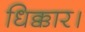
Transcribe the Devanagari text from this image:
धिक्कार।